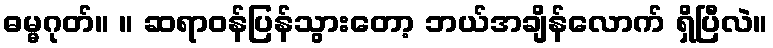
ဓမ္မဂုတ်။ ။ ဆရာဝန်ပြန်သွားတော့ ဘယ်အချိန်လောက် ရှိပြီလဲ။